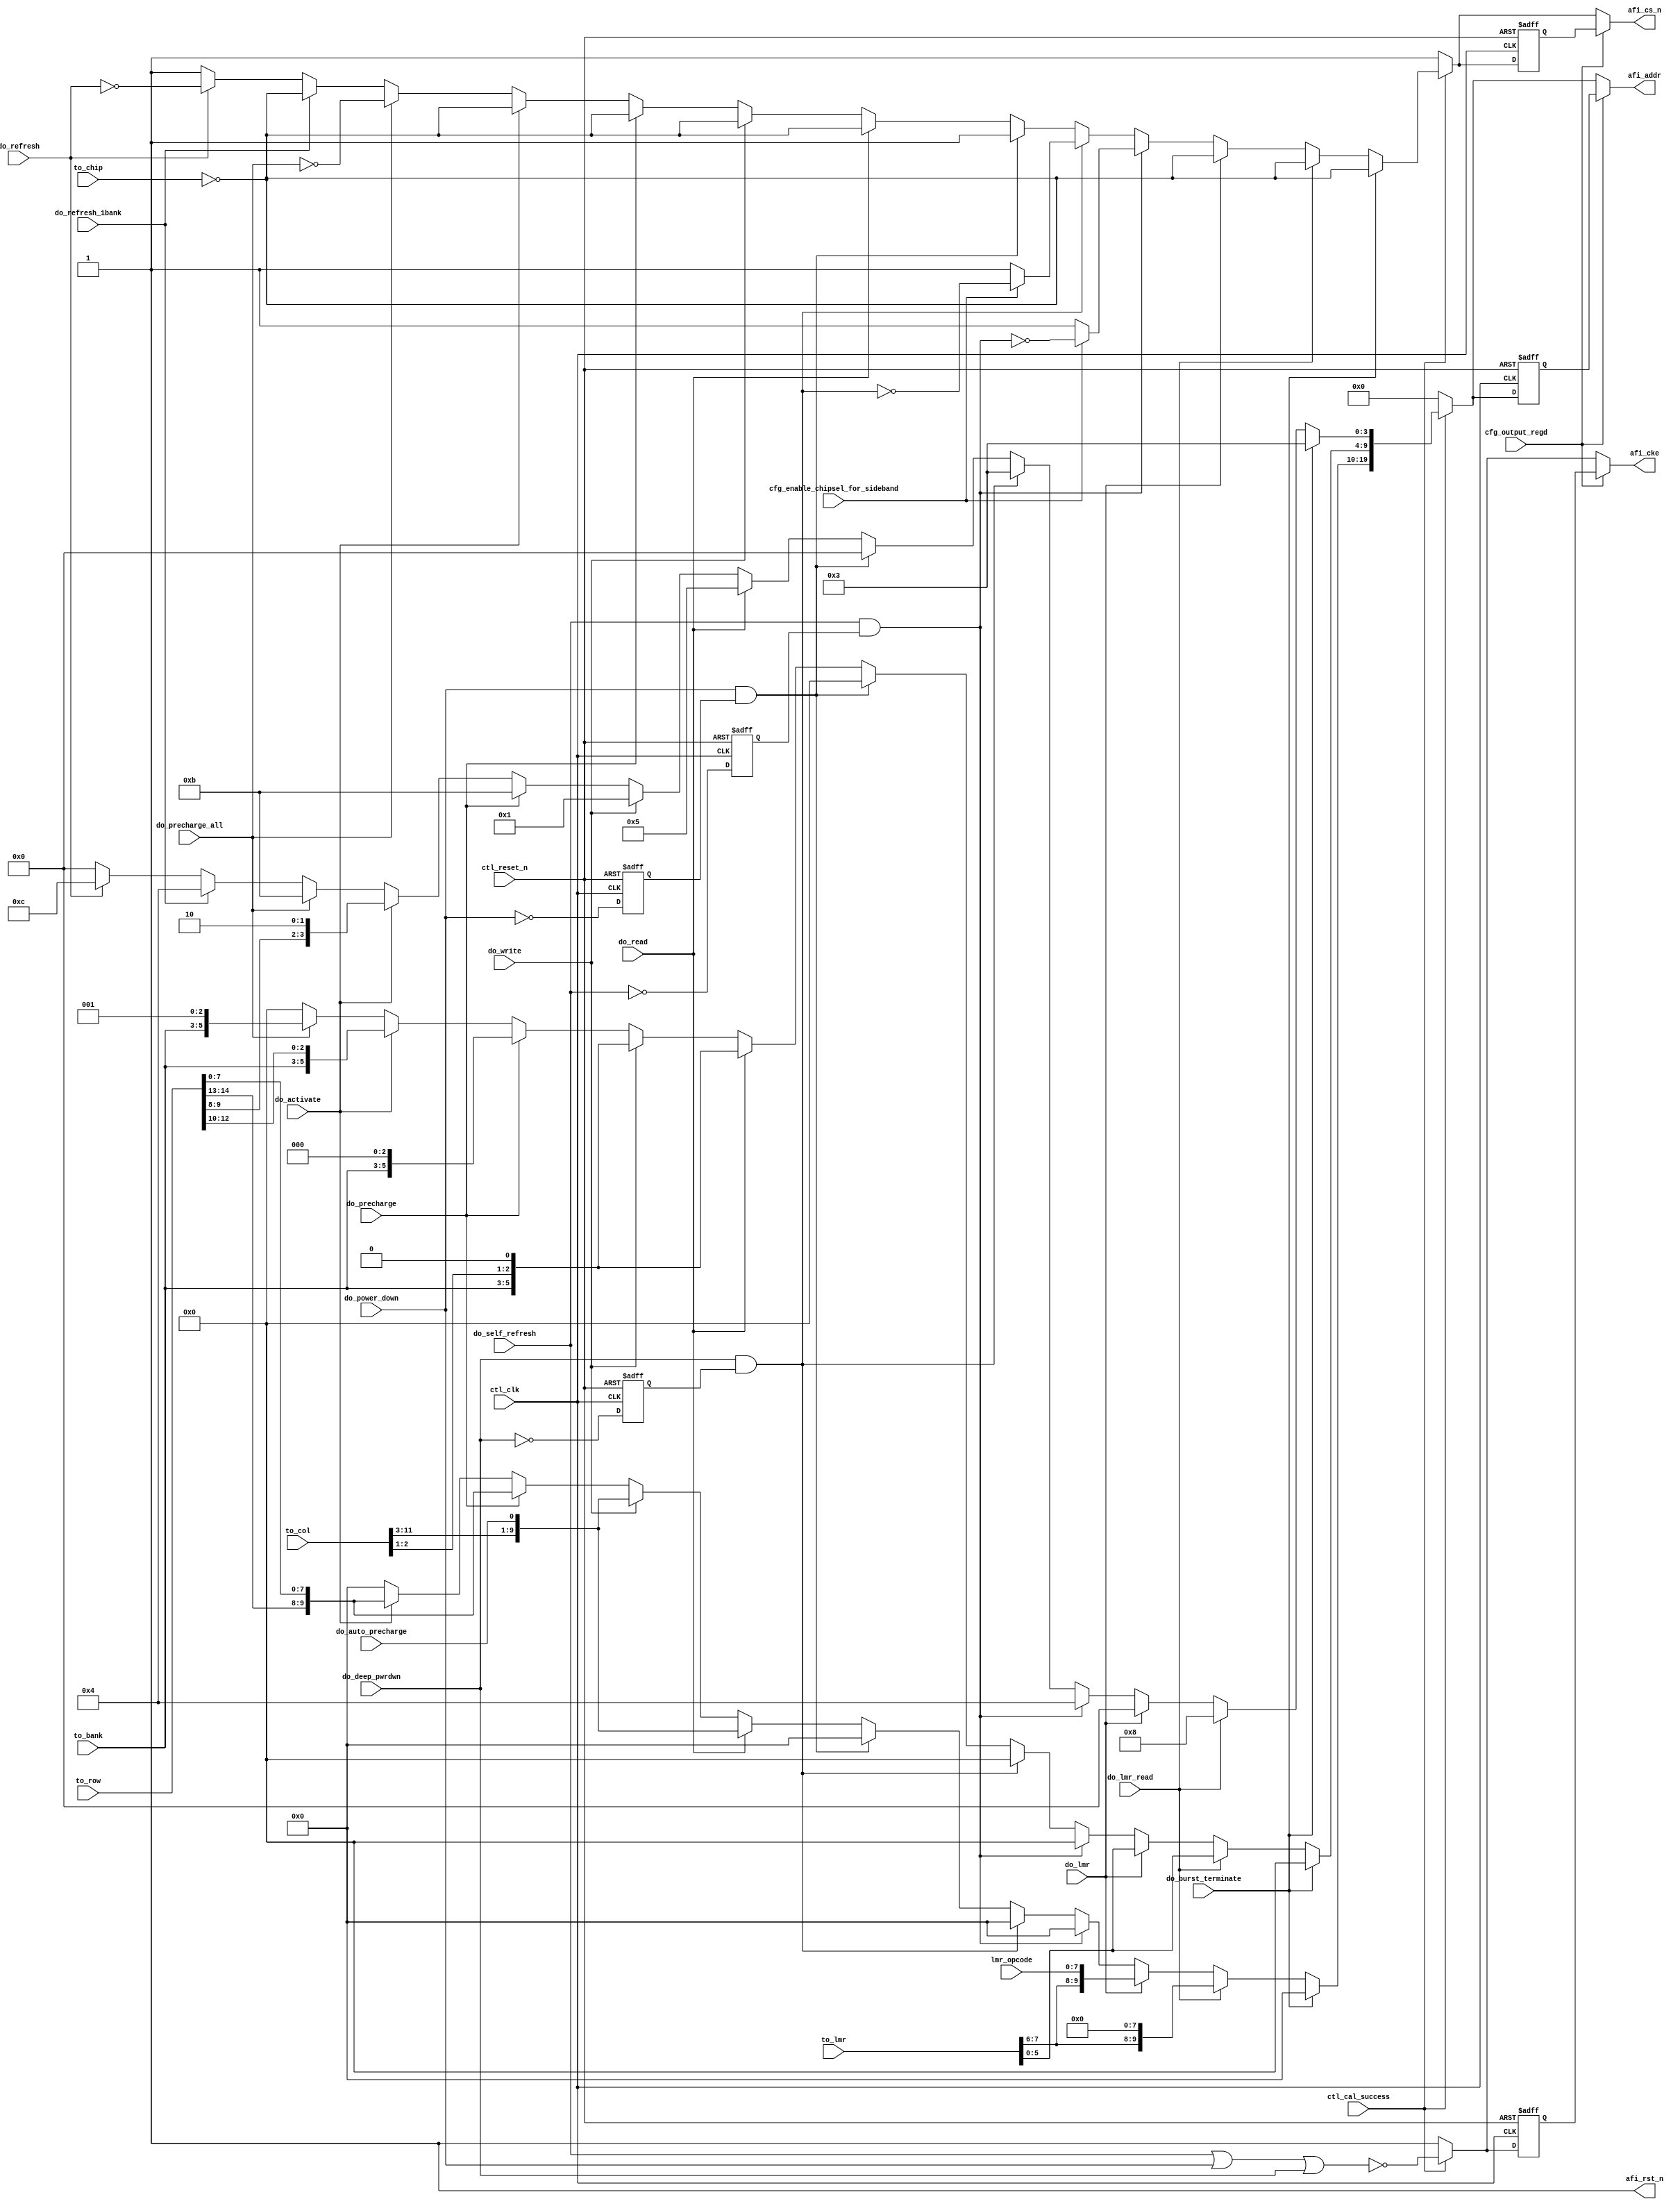
// (C) 2001-2016 Altera Corporation. All rights reserved.
// Your use of Altera Corporation's design tools, logic functions and other 
// software and tools, and its AMPP partner logic functions, and any output 
// files any of the foregoing (including device programming or simulation 
// files), and any associated documentation or information are expressly subject 
// to the terms and conditions of the Altera Program License Subscription 
// Agreement, Altera MegaCore Function License Agreement, or other applicable 
// license agreement, including, without limitation, that your use is for the 
// sole purpose of programming logic devices manufactured by Altera and sold by 
// Altera or its authorized distributors.  Please refer to the applicable 
// agreement for further details.


///////////////////////////////////////////////////////////////////////////////
// Title         : LPDDR2 controller address and command decoder
//
//
// Abstract      : LPDDR2 Address and command decoder
///////////////////////////////////////////////////////////////////////////////

`timescale 1 ps / 1 ps
module alt_mem_ddrx_lpddr2_addr_cmd
    # (parameter
    
        // Global parameters
        CFG_PORT_WIDTH_OUTPUT_REGD    = 1,
        CFG_MEM_IF_CHIP               = 1,
        CFG_MEM_IF_CKE_WIDTH          = 1,    // same width as CS_WIDTH
        CFG_MEM_IF_ADDR_WIDTH         = 20,
        CFG_MEM_IF_ROW_WIDTH          = 15,   // max supported row bits
        CFG_MEM_IF_COL_WIDTH          = 12,   // max supported column bits  
        CFG_MEM_IF_BA_WIDTH           = 3,    // max supported bank bits
        CFG_DWIDTH_RATIO              = 2
    )
    (
        ctl_clk,
        ctl_reset_n,
        ctl_cal_success,

        //run-time configuration interface
        cfg_output_regd,
        cfg_enable_chipsel_for_sideband,

        // AFI interface (Signals from Arbiter block)
        do_write,
        do_read,
        do_auto_precharge,
        do_activate,
        do_precharge,
        do_precharge_all,
        do_refresh,
        do_self_refresh,
        do_power_down,
        do_lmr,
        
        do_lmr_read,         //Currently does not exist in arbiter
        do_refresh_1bank,     //Currently does not exist in arbiter
        do_burst_terminate,     //Currently does not exist in arbiter
        do_deep_pwrdwn,     //Currently does not exist in arbiter
        
        // address information
        to_chip,                 // active high input (one hot)
        to_bank,
        to_row,
        to_col,
        to_lmr,
        lmr_opcode,
        
        //output
        afi_cke,
        afi_cs_n,
        afi_addr,
        afi_rst_n
    );
    
    input ctl_clk;
    input ctl_reset_n;
    input ctl_cal_success;

    //run-time  configuration input
    input [CFG_PORT_WIDTH_OUTPUT_REGD -1:0] cfg_output_regd;
    input                                   cfg_enable_chipsel_for_sideband;

    //  Arbiter command inputs
    input do_write;
    input do_read;
    input do_auto_precharge;
    input do_activate;
    input do_precharge;

    input [CFG_MEM_IF_CHIP-1:0]    do_precharge_all;
    input [CFG_MEM_IF_CHIP-1:0]    do_refresh;
    input [CFG_MEM_IF_CHIP-1:0]    do_self_refresh;
    input [CFG_MEM_IF_CHIP-1:0]    do_power_down;
    input [CFG_MEM_IF_CHIP-1:0]    do_deep_pwrdwn;


    input do_lmr;

    
    input do_lmr_read;
    input do_refresh_1bank;
    input do_burst_terminate;
    
    input   [CFG_MEM_IF_CHIP-1:0]       to_chip;
    input   [CFG_MEM_IF_BA_WIDTH-1:0]   to_bank;
    input   [CFG_MEM_IF_ROW_WIDTH-1:0]  to_row;
    input   [CFG_MEM_IF_COL_WIDTH-1:0]  to_col;
    input   [7:0]                       to_lmr;
    input   [7:0]                       lmr_opcode;
    
    //output
    output  [(CFG_MEM_IF_CKE_WIDTH * (CFG_DWIDTH_RATIO/2)) - 1:0]   afi_cke;
    output  [(CFG_MEM_IF_CHIP * (CFG_DWIDTH_RATIO/2)) - 1:0]        afi_cs_n;
    output  [(CFG_MEM_IF_ADDR_WIDTH * (CFG_DWIDTH_RATIO/2)) - 1:0]  afi_addr;
    output  [(CFG_DWIDTH_RATIO/2) - 1:0]                            afi_rst_n;
    
    wire do_write;
    wire do_read;
    wire do_auto_precharge;
    wire do_activate;
    wire do_precharge;

    wire  [CFG_MEM_IF_CHIP-1:0]    do_precharge_all;
    wire  [CFG_MEM_IF_CHIP-1:0]    do_refresh;
    wire  [CFG_MEM_IF_CHIP-1:0]    do_self_refresh;
    wire  [CFG_MEM_IF_CHIP-1:0]    do_power_down;
    wire  [CFG_MEM_IF_CHIP-1:0]    do_deep_pwrdwn;

    wire do_lmr;

    wire do_lmr_read;
    wire do_refresh_1bank;
    wire do_burst_terminate;
    
    reg   [2:0]    temp_bank_addr;
    reg   [14:0]   temp_row_addr;
    reg   [11:0]   temp_col_addr;

    
    wire    [(CFG_MEM_IF_CKE_WIDTH * (CFG_DWIDTH_RATIO/2)) - 1:0]   afi_cke;
    wire    [(CFG_MEM_IF_CHIP * (CFG_DWIDTH_RATIO/2)) - 1:0]        afi_cs_n;
    wire    [(CFG_MEM_IF_ADDR_WIDTH * (CFG_DWIDTH_RATIO/2)) - 1:0]  afi_addr;
    wire    [(CFG_DWIDTH_RATIO/2) - 1:0]                            afi_rst_n;
    
    reg [(CFG_MEM_IF_CKE_WIDTH) - 1:0]      int_cke;
    reg [(CFG_MEM_IF_CKE_WIDTH) - 1:0]      int_cke_r;
    reg [(CFG_MEM_IF_CHIP) - 1:0]           int_cs_n;
    reg [(CFG_MEM_IF_ADDR_WIDTH) - 1:0]     int_addr;
    
    reg [(CFG_MEM_IF_CKE_WIDTH) - 1:0]      combi_cke;
    reg [(CFG_MEM_IF_CHIP) - 1:0]           combi_cs_n;
    reg [(CFG_MEM_IF_ADDR_WIDTH) - 1:0]     combi_addr;
    reg [(CFG_MEM_IF_CKE_WIDTH) - 1:0]      combi_cke_r;
    reg [(CFG_MEM_IF_CHIP) - 1:0]           combi_cs_n_r;
    reg [(CFG_MEM_IF_ADDR_WIDTH) - 1:0]     combi_addr_r;
    
    reg   [CFG_MEM_IF_CHIP - 1:0]           do_power_down_r;
    reg   [CFG_MEM_IF_CHIP - 1:0]           do_self_refresh_r;
    reg   [CFG_MEM_IF_CHIP - 1:0]           do_deep_pwrdwn_r;
    reg   [CFG_MEM_IF_CHIP - 1:0]           int_do_power_down;
    reg   [CFG_MEM_IF_CHIP - 1:0]           int_do_self_refresh;
    reg   [CFG_MEM_IF_CHIP - 1:0]           int_do_deep_pwrdwn;
    
    assign afi_rst_n    = {(CFG_DWIDTH_RATIO/2){1'b1}};
    
    
    generate
        if (CFG_DWIDTH_RATIO == 2) begin
            assign afi_cke      = int_cke;
            assign afi_cs_n     = int_cs_n;
            assign afi_addr     = int_addr;
        end
        else begin
            assign afi_cke      = {int_cke,int_cke};
            assign afi_cs_n     = (do_burst_terminate)? {int_cs_n,int_cs_n} :{int_cs_n,{CFG_MEM_IF_CHIP{1'b1}}};
            assign afi_addr     = {int_addr,int_addr};
        end        
    endgenerate
    
// need half rate code to adjust for half rate cke or cs
   
    always @(posedge ctl_clk, negedge ctl_reset_n)            // toogles cs_n for only one cyle when state machine continues to stay in slf rfsh mode or DPD
        begin
            if (!ctl_reset_n)
                begin
                    do_power_down_r   <= {(CFG_MEM_IF_CHIP){1'b0}};
                    do_self_refresh_r <= {(CFG_MEM_IF_CHIP){1'b0}};
                    do_deep_pwrdwn_r  <= {(CFG_MEM_IF_CHIP){1'b0}};
                end
            else
                begin
                    do_power_down_r   <= ~do_power_down;
                    do_self_refresh_r <= ~do_self_refresh;
                    do_deep_pwrdwn_r  <= ~do_deep_pwrdwn;
                end
        end
    
    always @(*)
        begin
            int_do_power_down   = do_power_down   & do_power_down_r;
            int_do_self_refresh = do_self_refresh & do_self_refresh_r;
            int_do_deep_pwrdwn  = do_deep_pwrdwn  & do_deep_pwrdwn_r;
        end
    
    always @ (posedge ctl_clk or negedge ctl_reset_n) 
    begin
        if (~ctl_reset_n)
        begin
            combi_cke_r   <= {CFG_MEM_IF_CKE_WIDTH{1'b1}} ;
            combi_cs_n_r  <= {CFG_MEM_IF_CHIP{1'b1}}  ;
            combi_addr_r  <= {CFG_MEM_IF_ADDR_WIDTH{1'b0}};
        end
        else
        begin
            combi_cke_r   <= combi_cke  ;
            combi_cs_n_r  <= combi_cs_n ;
            combi_addr_r  <= combi_addr ;
        end
    end

    always @(*)
        begin
            if (cfg_output_regd)
                begin
                    int_cke     =  combi_cke_r;
                    int_cs_n    =  combi_cs_n_r;
                    int_addr    =  combi_addr_r;
                end
            else
                begin
                    int_cke     =  combi_cke;
                    int_cs_n    =  combi_cs_n;
                    int_addr    =  combi_addr;
                end
        end
    
    
    always @ (*) 
    begin
        temp_row_addr    = {CFG_MEM_IF_ROW_WIDTH{1'b0}} ;
        temp_col_addr    = {CFG_MEM_IF_COL_WIDTH{1'b0}} ;
        temp_bank_addr   = {CFG_MEM_IF_BA_WIDTH {1'b0}} ;
        temp_row_addr    = to_row ;
        temp_col_addr    = to_col ;
        temp_bank_addr   = to_bank;
    end
    
    //CKE generation block
    always @(*)
        begin
            if (ctl_cal_success)
               begin 
                    combi_cke = ~(do_self_refresh | do_power_down | do_deep_pwrdwn);
               end
            else
               begin
                    combi_cke = {(CFG_MEM_IF_CKE_WIDTH){1'b1}};
               end
        end
    
    
    always @(*)
        begin
            if (ctl_cal_success)
                begin
                    combi_cs_n    =   {(CFG_MEM_IF_CHIP){1'b1}};
                    combi_addr    =   {(CFG_MEM_IF_ADDR_WIDTH){1'b0}};
                    
                    if (|do_refresh)
                        begin
                            combi_cs_n                                          =  ~do_refresh;
                            combi_addr[3:0]                                     =   4'b1100;
                            combi_addr[(CFG_MEM_IF_ADDR_WIDTH/2) - 1 : 4]       =  {(CFG_MEM_IF_ADDR_WIDTH/2 - 4){1'b0}};
                            combi_addr[CFG_MEM_IF_ADDR_WIDTH - 1 : 10]          =  {(CFG_MEM_IF_ADDR_WIDTH/2){1'b0}};
                        end

                    if (do_refresh_1bank)
                        begin
                            combi_cs_n                                          =  ~to_chip;
                            combi_addr[3:0]                                     =   4'b0100;
                            combi_addr[(CFG_MEM_IF_ADDR_WIDTH/2) - 1 : 4]       =  {(CFG_MEM_IF_ADDR_WIDTH/2 - 4){1'b0}};
                            combi_addr[CFG_MEM_IF_ADDR_WIDTH - 1 : 10]          =  {(CFG_MEM_IF_ADDR_WIDTH/2){1'b0}};
                        end

                    if (|do_precharge_all)
                        begin
                            combi_cs_n                                          = ~do_precharge_all;
                            combi_addr[3:0]                                     =  4'b1011;
                            combi_addr[(CFG_MEM_IF_ADDR_WIDTH/2) - 1 : 4]       = {temp_bank_addr,2'b00,(|do_precharge_all)};
                            combi_addr[CFG_MEM_IF_ADDR_WIDTH - 1 : 10]          = {(CFG_MEM_IF_ADDR_WIDTH/2){1'b0}};
                        end
                   
                    if (do_activate)
                        begin
                            combi_cs_n                                          =  ~to_chip;
                            combi_addr[3:0]                                     =  {temp_row_addr[9:8],2'b10};
                            combi_addr[(CFG_MEM_IF_ADDR_WIDTH/2) - 1 : 4]       =  {temp_bank_addr,temp_row_addr[12:10]};
                            combi_addr[CFG_MEM_IF_ADDR_WIDTH - 1 : 10]          =  {temp_row_addr[14:13],temp_row_addr[7:0]};
                        end
                    
                    if (do_precharge)
                        begin
                            combi_cs_n                                          = ~to_chip;
                            combi_addr[3:0]                                     = 4'b1011;
                            combi_addr[(CFG_MEM_IF_ADDR_WIDTH/2) - 1 : 4]       = {temp_bank_addr,3'b000};
                            combi_addr[CFG_MEM_IF_ADDR_WIDTH - 1 : 10]          = {temp_row_addr[14:13],temp_row_addr[7:0]};
                        end
                    
                    if (do_write)
                        begin
                            combi_cs_n                                          =  ~to_chip;
                            combi_addr[3:0]                                     =  4'b0001;
                            combi_addr[(CFG_MEM_IF_ADDR_WIDTH/2) - 1 : 4]       =  {temp_bank_addr,temp_col_addr[2:1],1'b0};
                            combi_addr[CFG_MEM_IF_ADDR_WIDTH - 1 : 10]          =  {temp_col_addr[11:3],do_auto_precharge};
                        end
                   
                    if (do_read)
                        begin
                            combi_cs_n                                          =  ~to_chip;
                            combi_addr[3:0]                                     =  4'b0101;
                            combi_addr[(CFG_MEM_IF_ADDR_WIDTH/2) - 1 : 4]       =  {temp_bank_addr,temp_col_addr[2:1],1'b0};
                            combi_addr[CFG_MEM_IF_ADDR_WIDTH - 1 : 10]          =  {temp_col_addr[11:3],do_auto_precharge};
                        end
                    
                    if (|int_do_power_down)
                        begin
                            combi_cs_n                                          =  {(CFG_MEM_IF_CHIP){1'b1}};
                            combi_addr[3:0]                                     =  4'b0000;
                            combi_addr[(CFG_MEM_IF_ADDR_WIDTH/2) - 1 : 4]       =  {(CFG_MEM_IF_ADDR_WIDTH/2 - 4){1'b0}};
                            combi_addr[CFG_MEM_IF_ADDR_WIDTH - 1 : 10]          =  {(CFG_MEM_IF_ADDR_WIDTH/2){1'b0}};
                        end
                    
                    if (|int_do_deep_pwrdwn)
                        begin
                            if (cfg_enable_chipsel_for_sideband)
                                begin
                                    combi_cs_n                                  = ~int_do_deep_pwrdwn; // toogles cs_n for only one cyle when state machine continues to stay in deep power down;
                                end
                            else
                                begin
                                    combi_cs_n                                  =  {(CFG_MEM_IF_CHIP){1'b1}};
                                end
                            
                            combi_addr[3:0]                                     =  4'b0011;
                            combi_addr[(CFG_MEM_IF_ADDR_WIDTH/2) - 1 : 4]       =  {(CFG_MEM_IF_ADDR_WIDTH/2 - 4){1'b0}};
                            combi_addr[CFG_MEM_IF_ADDR_WIDTH - 1 : 10]          =  {(CFG_MEM_IF_ADDR_WIDTH/2){1'b0}};
                        end

                    if (|int_do_self_refresh)
                        begin
                            if (cfg_enable_chipsel_for_sideband)
                                begin
                                    combi_cs_n                                  = ~int_do_self_refresh; // toogles cs_n for only one cyle when state machine continues to stay in deep power down;
                                end
                            else
                                begin
                                    combi_cs_n                                  =  {(CFG_MEM_IF_CHIP){1'b1}};
                                end
                            
                            combi_addr[3:0]                                     =  4'b0100;
                            combi_addr[(CFG_MEM_IF_ADDR_WIDTH/2) - 1 : 4]       =  {(CFG_MEM_IF_ADDR_WIDTH/2 - 4){1'b0}};
                            combi_addr[CFG_MEM_IF_ADDR_WIDTH - 1 : 10]          =  {(CFG_MEM_IF_ADDR_WIDTH/2){1'b0}};
                        end
                   
                    if (do_lmr)
                        begin
                            combi_cs_n                                          =  ~to_chip;
                            combi_addr[3:0]                                     =  4'b0000;
                            combi_addr[(CFG_MEM_IF_ADDR_WIDTH/2) - 1 : 4]       =  to_lmr[5:0];
                            combi_addr[CFG_MEM_IF_ADDR_WIDTH - 1 : 10]          =  {to_lmr[7:6],lmr_opcode};
                        end

                    if (do_lmr_read)
                        begin
                            combi_cs_n                                          =  ~to_chip;
                            combi_addr[3:0]                                     =  4'b1000;
                            combi_addr[(CFG_MEM_IF_ADDR_WIDTH/2) - 1 : 4]       =  to_lmr[5:0];
                            combi_addr[CFG_MEM_IF_ADDR_WIDTH - 1 : 10]          =  {to_lmr[7:6],{8{1'b0}}};
                        end
                   
                    if (do_burst_terminate)
                        begin
                            combi_cs_n                                          =  ~to_chip;
                            combi_addr[3:0]                                     =  4'b0011;
                            combi_addr[(CFG_MEM_IF_ADDR_WIDTH/2) - 1 : 4]       =  {(CFG_MEM_IF_ADDR_WIDTH/2 - 4){1'b0}};
                            combi_addr[CFG_MEM_IF_ADDR_WIDTH - 1 : 10]          =  {(CFG_MEM_IF_ADDR_WIDTH/2){1'b0}};
                        end
            
                           
                end
            else
                begin
                    combi_cs_n                                                  =  {(CFG_MEM_IF_CHIP){1'b1}};
                    combi_addr                                                  =  {(CFG_MEM_IF_ADDR_WIDTH){1'b0}};
                end
        end

endmodule